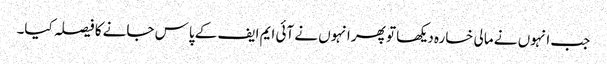
جب انہوں نے مالی خسارہ دیکھا تو پھر انہوں نے آئی ایم ایف کے پاس جانے کا فیصلہ کیا۔